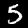
Digit: 5